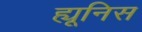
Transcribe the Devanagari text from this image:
ह्यूनिस